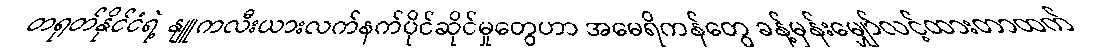
တရုတ်နိုင်ငံရဲ့ နျူကလီးယားလက်နက်ပိုင်ဆိုင်မှုတွေဟာ အမေရိကန်တွေ ခန့်မှန်းမျှော်လင့်ထားတာထက်